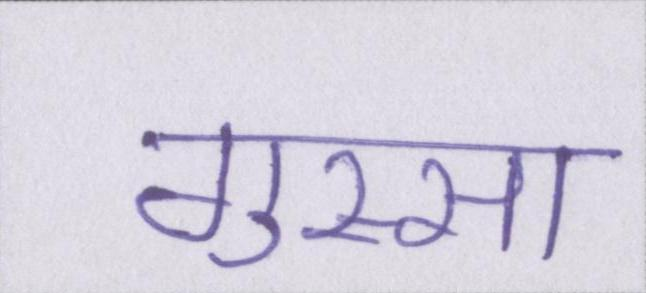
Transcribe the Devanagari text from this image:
गुस्सा